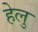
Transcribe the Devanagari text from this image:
हेलु